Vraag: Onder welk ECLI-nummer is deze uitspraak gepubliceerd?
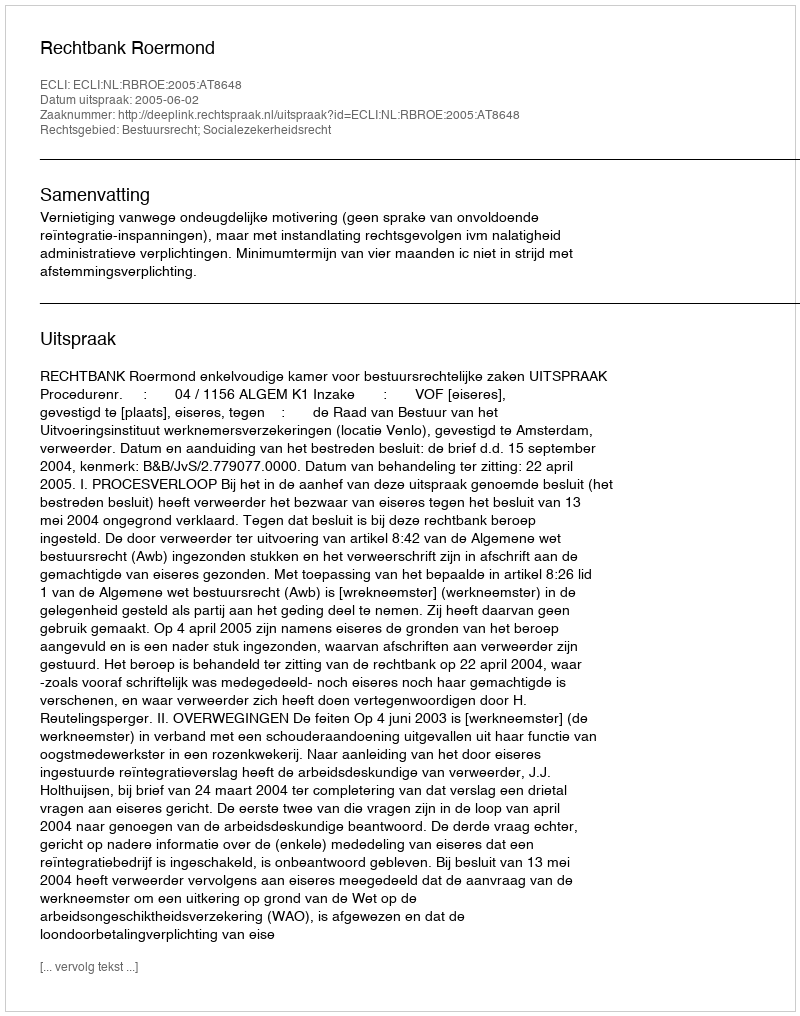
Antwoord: ECLI:NL:RBROE:2005:AT8648